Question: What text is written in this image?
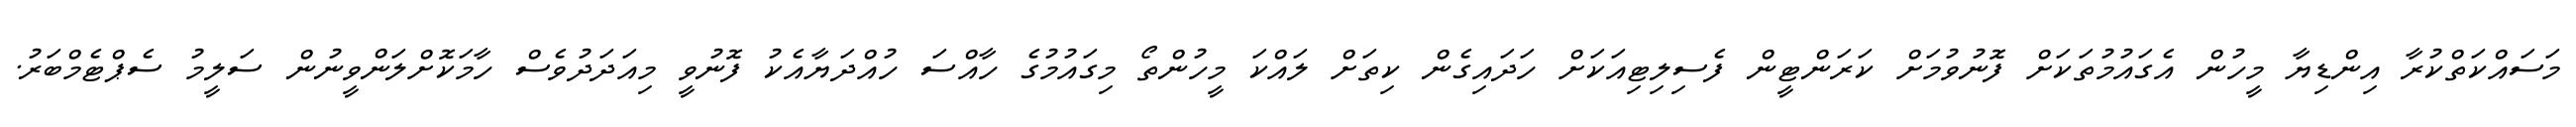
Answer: މަސައްކަތްކުރާ އިންޑިޔާ މީހުން އެގައުމުތަކަށް ފޮނުވުމަށް ކަރަންޓީން ފެސިލިޓިއަކަށް ހަދައިގެން ކިތަށް ލައްކަ މީހުންތޯ މިގައުމުގެ ހާއްސަ ހުއްދަޔާއެކު ފޮނުވީ މިއަދަދުވެސް ހާމަކޮށްލަންވީނުން ސަލީމު ސެޕްޓެމްބަރު.